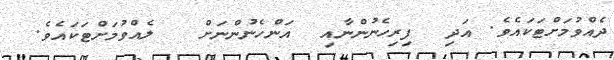
ދެއްވުމަށްޓަކައެވެ. އަދި  ފިރިހެނުންނާއި  އަންހެނުންނަށް   ލެއްވުމަށްޓަކައެވެ.